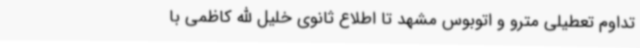
تداوم تعطیلی مترو و اتوبوس مشهد تا اطلاع ثانوی خلیل الله کاظمی با